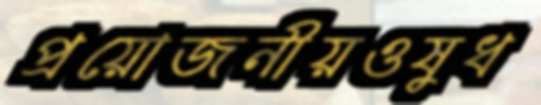
প্রয়োজনীয়ওষুধ